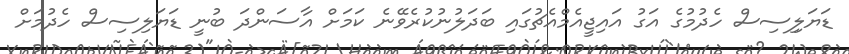
ޑަޔަލިިސިސް ހެދުމުގެ އަގު އައިޖީއެމްއެޗުގައި ބަދަލުނުކުރެވޭނެ ކަމަށް އާސަންދަ ބުނީ ޑަޔަލިސިސް ހެދުމަށް